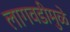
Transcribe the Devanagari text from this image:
लागवडीमुळे